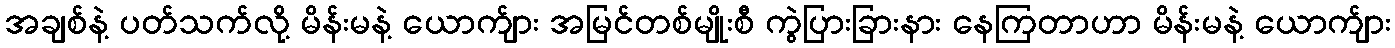
အချစ်နဲ့ ပတ်သက်လို့ မိန်းမနဲ့ ယောက်ျား အမြင်တစ်မျိုးစီ ကွဲပြားခြားနား နေကြတာဟာ မိန်းမနဲ့ ယောက်ျား